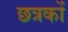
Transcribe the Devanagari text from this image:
छत्रकों